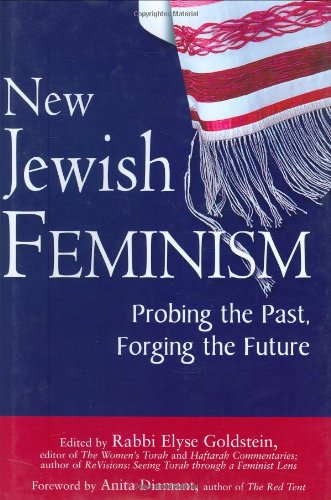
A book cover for New Jewish Feminism: Probing the Past, Forging the Future; Religion & Spirituality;